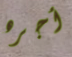
أجره